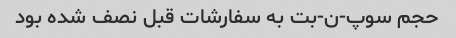
حجم سوپ-ن-بت به سفارشات قبل نصف شده بود